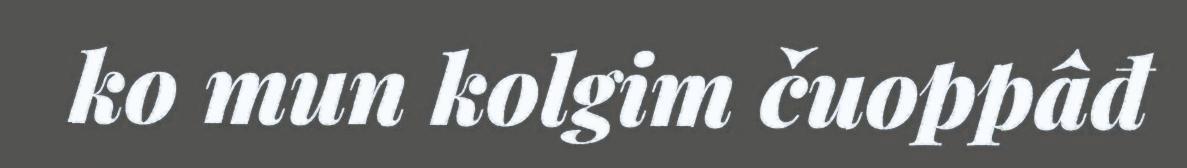
ko mun kolgim čuoppâđ